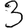
Digit: 3